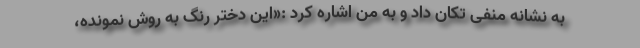
به نشانه منفی تکان داد و به من اشاره کرد :«این دختر رنگ به روش نمونده،